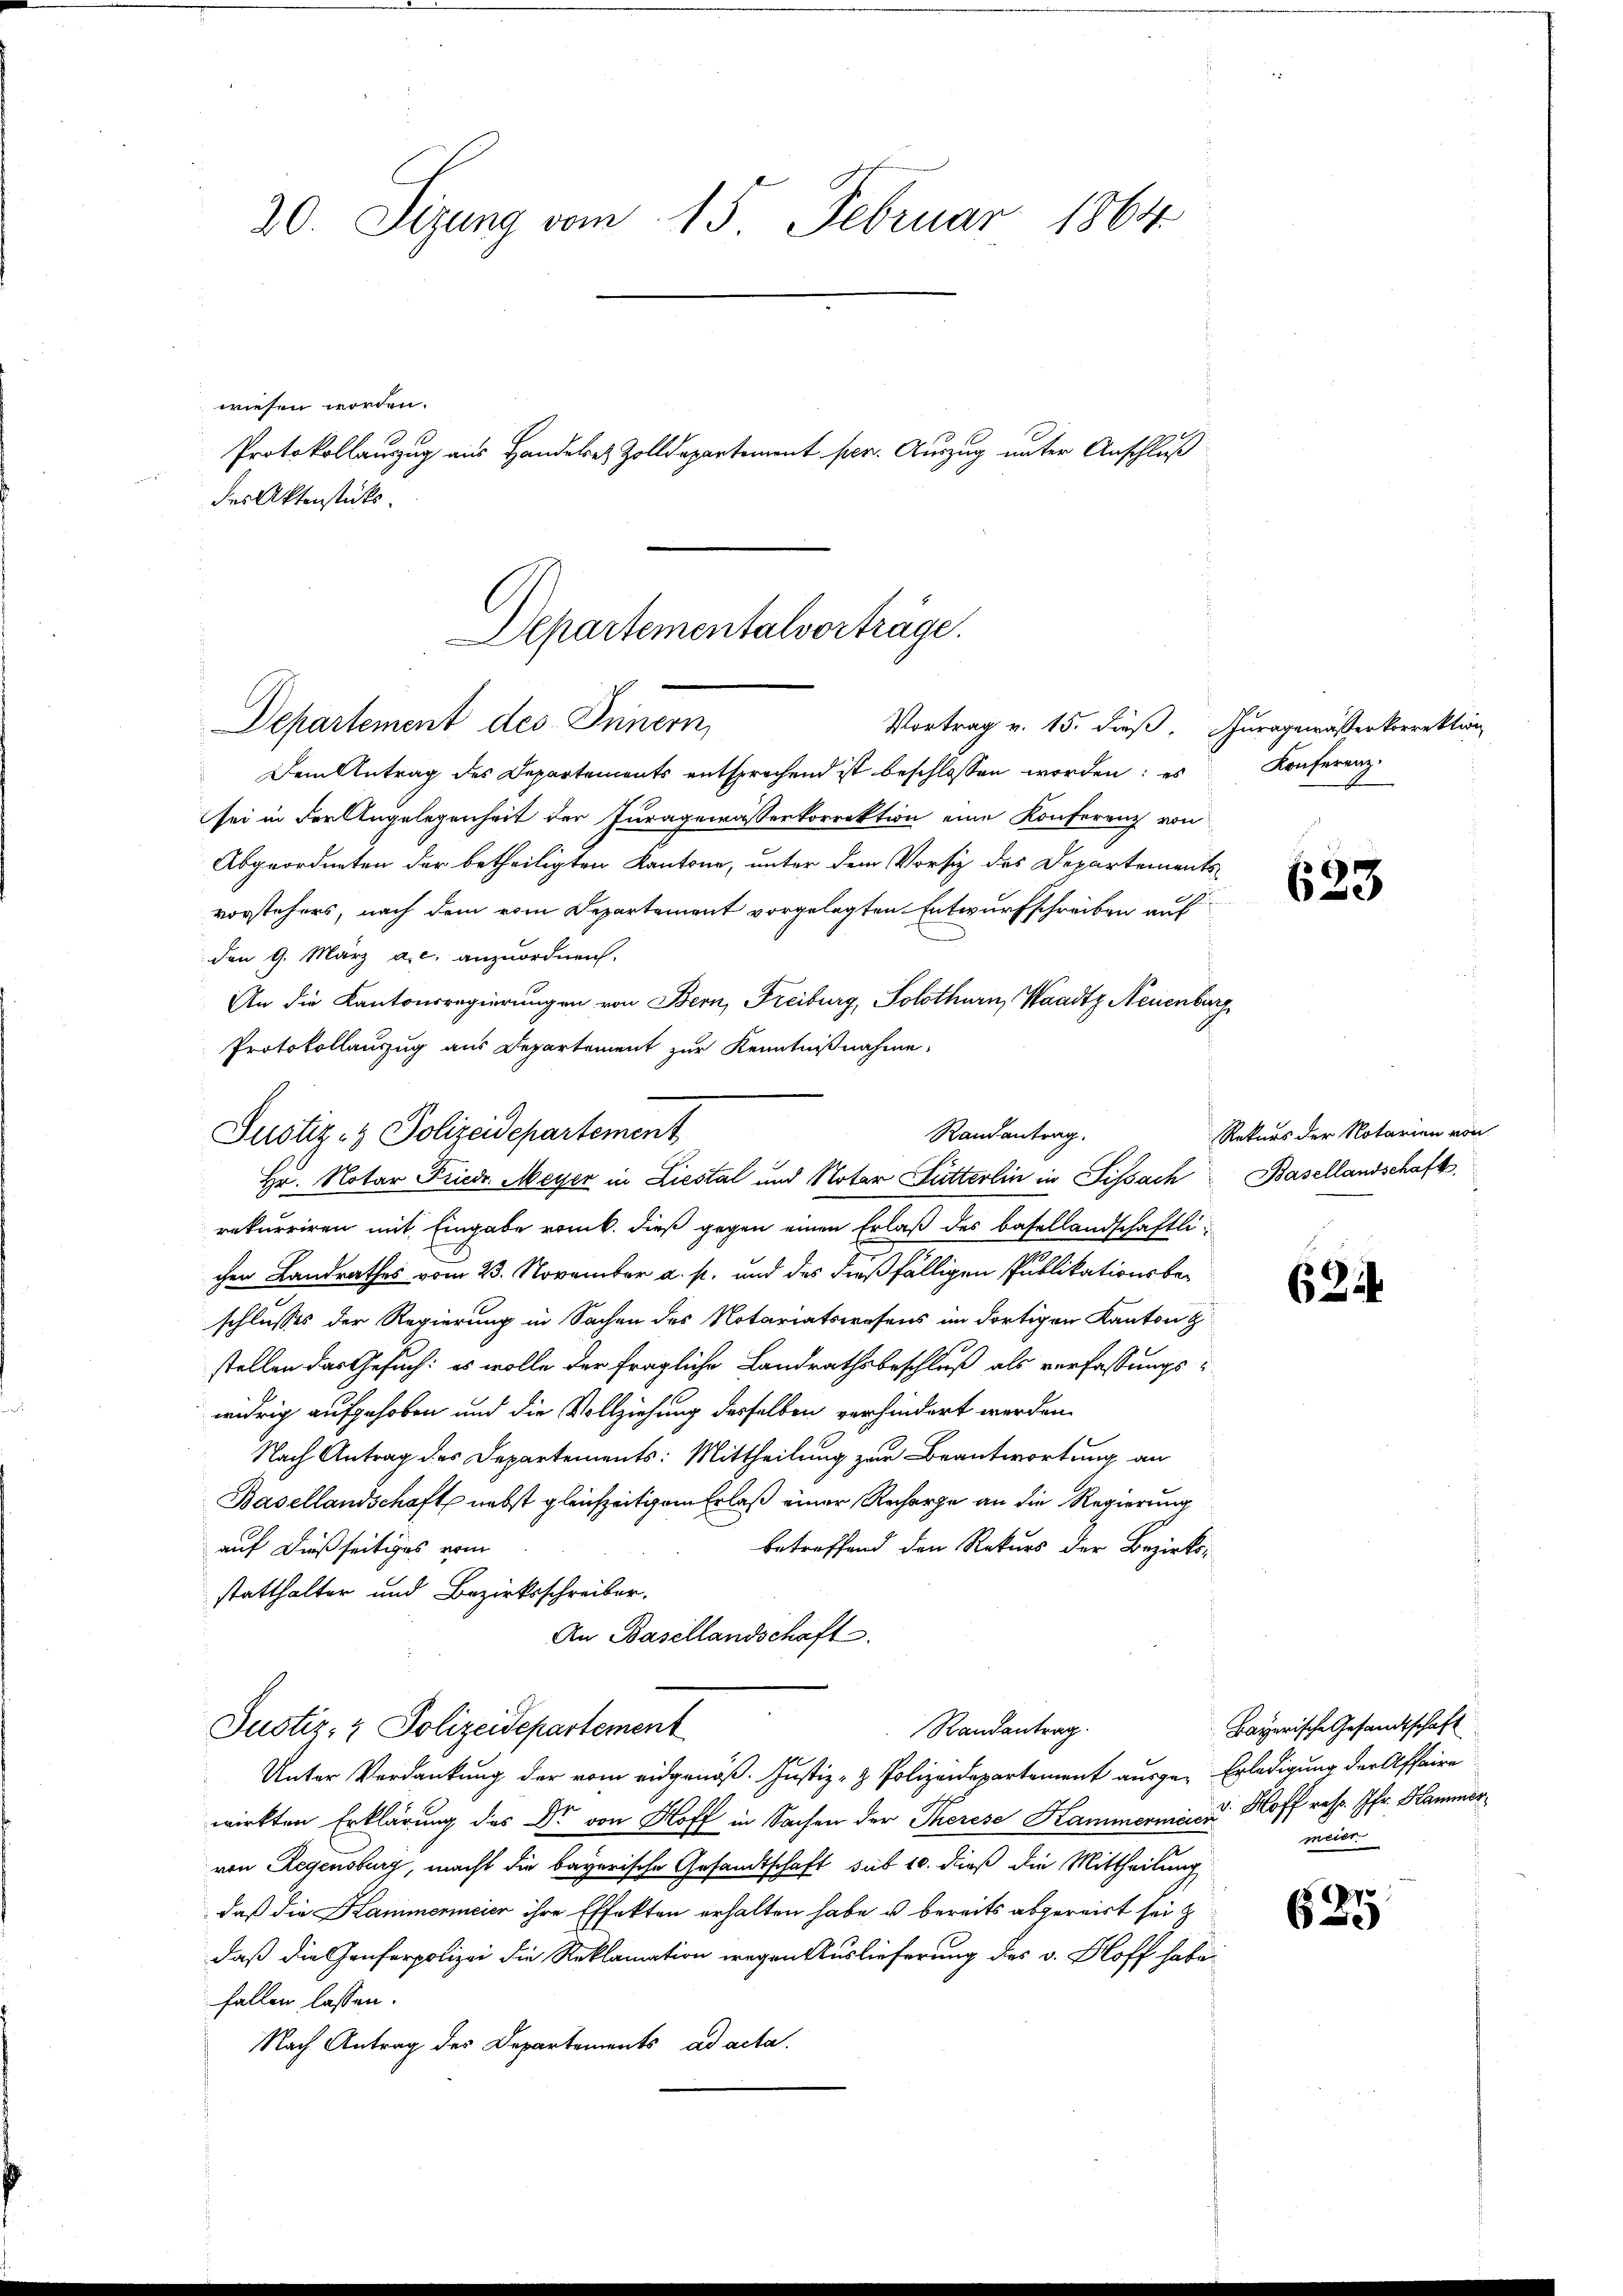
20. Sizung vom 15. Februar 1864
wiesen worden.
Protokollauzug aus Handele Zolldepartement per. Auszug unter Anschluß
des Aktenstücks.

Departementalvorträge.
Departement des Innern
Vortrag v. 15. dieß, Thuragewässerkorrektion

Dem Antrag des Departements entsprochend ist beschlossen worden; es
sei in der Angelegenheit der Juragewässerkorrektion eine Konferenz von
Abgeordneten der betheiligten Kantone, unter dem Vorsitz des Departements
vorstehers, nach dem vom Departement vorgelegten Entwurfschreiben aus
den 9. März a. c. anzuordnen.
An die Kantonsregierungen von Bern, Freiburg, Solothurn, Waadtz Neuenburg
Protokollanzug aus Departement zur Kenntnißnahme,
rekurriren mit Eingabe romb. dieß gegen einen Erlaß des Basellandschaftlichen Landrathes vom 23. November a. p. und des dießfälligen Publikationsbeschlusses der Regierung in Sachen des Notariatswesens im dortigen Kanton g
stellen das Gesuch: es wolle der fragliche Landrathsbeschluß als verfassungswidrig aufgehoben und die Vollziehung desselben verhindert werden.
Nach Antrag des Departements: Mittheilung zur Beantwortung an
Basellandschaft nebst gleichzeitigem Erlaß einer Recharge an die Regierung
betreffend den Rekurs der Bezirks-
auf dießseitiges vom
statthalter und Bezirksschreiber.
An Basellandschaft

Randantrag.
Justiz- & Polizeidepartement
Hr. Notar Friedr. Meyer in Liestal und Notar Futterlin in Sissach Basellandschaft

Justiz- & Polizeidepartement
Randantrag.
Unter Verdankung der vom eidgenöß. Justiz- & Polizeidepartement ausge-Erledigung der Affaire

wirkten Erklärung des Dr. von Hoff in Sachen der Therese Hammerminen Hoff resp. Ifr. Hammervon Regensburg, macht die bayerische Gesandtschaft sub 10. dieß die Mittheilung
daß die Hammermeier ihre Effekten erhalten habe u bereits abgereist sei
daß die Genferpolizei die Reklamation wegen Auslieferung des v. Bloff habe
fallen lassen.
Nach Antrag des Departements ad acta.

Konferenz

633

Rekurs der Notarien von

6314

Bayerische Gesandtschaft
meier

e
629